Indian journal of veterinary science and animal husbandry - Volumes 15-17, 1948-1951
Year: 1948
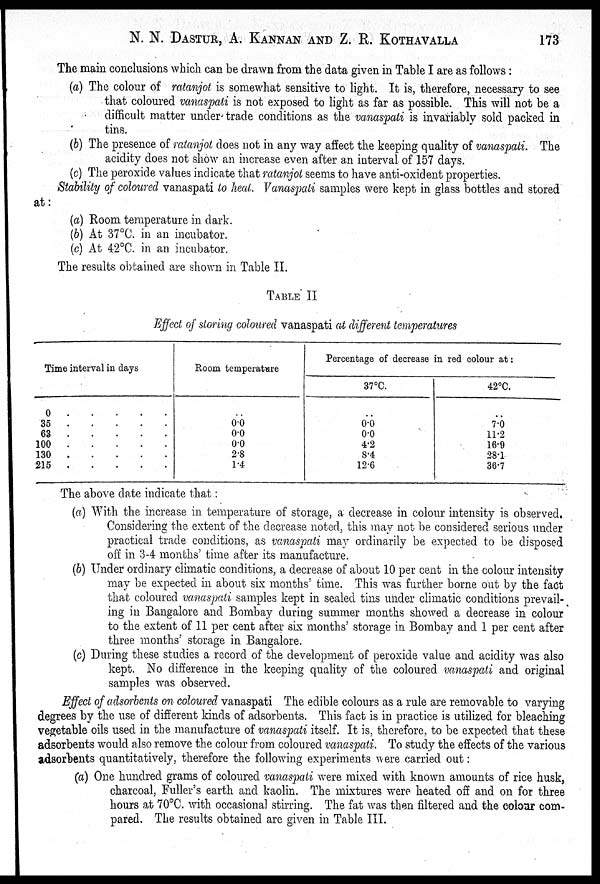
N. N. DASTUR, A. KANNAN AND Z. R. KOTHAVALLA 173
The main conclusions which can be drawn from the data given in Table I are as follows:
(a) The colour of ratanjot is somewhat sensitive to light. It is, therefore, necessary to see
that coloured vanaspati is not exposed to light as far as possible. This will not be a
difficult matter under-trade conditions as the vanaspati is invariably sold packed in
tins.
(b) The presence of ratanjot does not in any way affect the keeping quality of vanaspati. The
acidity does not show an increase even after an interval of 157 days.
(c) The peroxide values indicate that ratanjot seems to have anti-oxident properties.
Stability of coloured vanaspati to heat. Vanaspati samples were kept in glass bottles and stored
at:
(a) Room temperature in dark.
(b) At 37ºC. in an incubator.
(c) At 42ºC. in an incubator.
The results obtained are shown in Table II.
TABLE II
Effect of storing coloured vanaspati at different temperatures
Time interval in days
0 . . . . .
35 . . . . .
63 . . . . .
100 . . . . .
130 . . . . .
215 . . . . .
Room temperature
.. 0.0
0.0
0.0
2.8
1.4
Percentage of decrease in red colour at:
37ºC.
..
0.0
0.0
4.2
8.4
12.6
42ºC.
..
7.0
11.2
16.9
28.1
36.7
The above date indicate that:
(a) With the increase in temperature of storage, a decrease in colour intensity is observed.
Considering the extent of the decrease noted, this may not be considered serious under
practical trade conditions, as vanaspati may ordinarily be expected to be disposed
off in 3.4 months' time after its manufacture.
(b) Under ordinary climatic conditions, a decrease of about 10 per cent in the colour intensity
may be expected in about six months' time. This was further borne out by the fact
that coloured vanaspati samples kept in sealed tins under climatic conditions prevail-
ing in Bangalore and Bombay during summer months showed a decrease in colour
to the extent of 11 per cent after six months' storage in Bombay and 1 per cent after
three months' storage in Bangalore.
(c) During these studies a record of the development of peroxide value and acidity was also
kept. No difference in the keeping quality of the coloured vanaspati and original
samples was observed.
Effect of adsorbents on coloured vanaspati The edible colours as a rule are removable to varying
degrees by the use of different kinds of adsorbents. This fact is in practice is utilized for bleaching
vegetable oils used in the manufacture of vanaspati itself. It is, therefore, to be expected that these
adsorbents would also remove the colour from coloured vanaspati. To study the effects of the various
adsorbents quantitatively, therefore the following experiments were carried out:
(a) One hundred grams of coloured vanaspati were mixed with known amounts of rice husk,
charcoal, Fuller's earth and kaolin. The mixtures were heated off and on for three
hours at 70ºC. with occasional stirring. The fat was then filtered and the colour com-
pared. The results obtained are given in Table III.